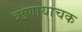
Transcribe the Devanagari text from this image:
ऋणायाचक